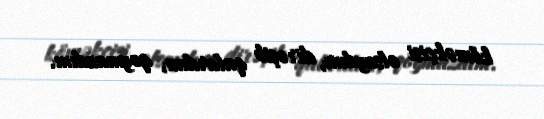
köməkçisi olsaydım, dirəşib qalardım, qoymazdım.